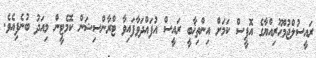
ރައީސުލްޖުމްޙޫރިއްޔާގެ އޮފީސް ކަމަށް އިންތިޚާބީ ރައީސް އުފައްދަވާފައިވާ ޓްރާންސިޝަން ކޮމެޓީން މިއަދު ބުނެފިއެވެ.